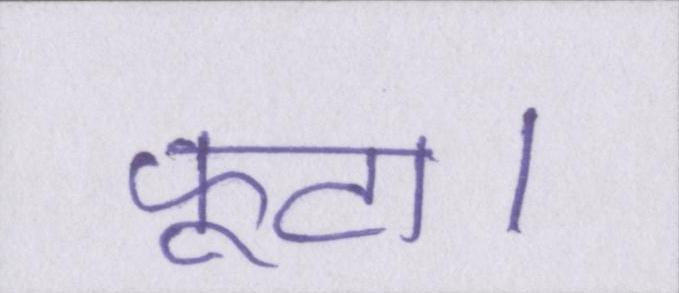
फूटा।